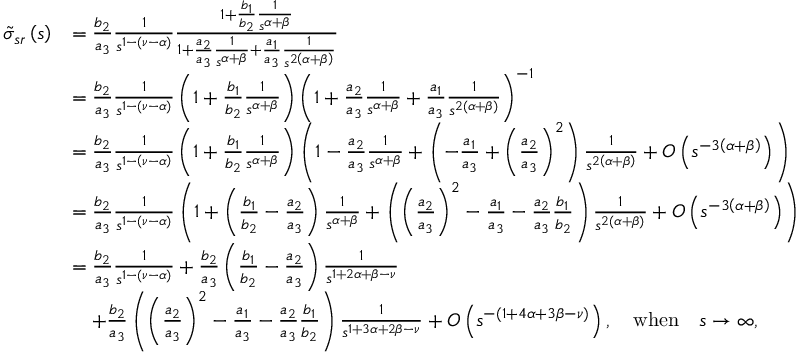
\begin{array} { r l } { \tilde { \sigma } _ { s r } \left( s \right) } & { = \frac { b _ { 2 } } { a _ { 3 } } \frac { 1 } { s ^ { 1 - \left( \nu - \alpha \right) } } \frac { 1 + \frac { b _ { 1 } } { b _ { 2 } } \frac { 1 } { s ^ { \alpha + \beta } } } { 1 + \frac { a _ { 2 } } { a _ { 3 } } \frac { 1 } { s ^ { \alpha + \beta } } + \frac { a _ { 1 } } { a _ { 3 } } \frac { 1 } { s ^ { 2 \left( \alpha + \beta \right) } } } } \\ & { = \frac { b _ { 2 } } { a _ { 3 } } \frac { 1 } { s ^ { 1 - \left( \nu - \alpha \right) } } \left( 1 + \frac { b _ { 1 } } { b _ { 2 } } \frac { 1 } { s ^ { \alpha + \beta } } \right) \left( 1 + \frac { a _ { 2 } } { a _ { 3 } } \frac { 1 } { s ^ { \alpha + \beta } } + \frac { a _ { 1 } } { a _ { 3 } } \frac { 1 } { s ^ { 2 \left( \alpha + \beta \right) } } \right) ^ { - 1 } } \\ & { = \frac { b _ { 2 } } { a _ { 3 } } \frac { 1 } { s ^ { 1 - \left( \nu - \alpha \right) } } \left( 1 + \frac { b _ { 1 } } { b _ { 2 } } \frac { 1 } { s ^ { \alpha + \beta } } \right) \left( 1 - \frac { a _ { 2 } } { a _ { 3 } } \frac { 1 } { s ^ { \alpha + \beta } } + \left( - \frac { a _ { 1 } } { a _ { 3 } } + \left( \frac { a _ { 2 } } { a _ { 3 } } \right) ^ { 2 } \right) \frac { 1 } { s ^ { 2 \left( \alpha + \beta \right) } } + O \left( s ^ { - 3 \left( \alpha + \beta \right) } \right) \right) } \\ & { = \frac { b _ { 2 } } { a _ { 3 } } \frac { 1 } { s ^ { 1 - \left( \nu - \alpha \right) } } \left( 1 + \left( \frac { b _ { 1 } } { b _ { 2 } } - \frac { a _ { 2 } } { a _ { 3 } } \right) \frac { 1 } { s ^ { \alpha + \beta } } + \left( \left( \frac { a _ { 2 } } { a _ { 3 } } \right) ^ { 2 } - \frac { a _ { 1 } } { a _ { 3 } } - \frac { a _ { 2 } } { a _ { 3 } } \frac { b _ { 1 } } { b _ { 2 } } \right) \frac { 1 } { s ^ { 2 \left( \alpha + \beta \right) } } + O \left( s ^ { - 3 \left( \alpha + \beta \right) } \right) \right) } \\ & { = \frac { b _ { 2 } } { a _ { 3 } } \frac { 1 } { s ^ { 1 - \left( \nu - \alpha \right) } } + \frac { b _ { 2 } } { a _ { 3 } } \left( \frac { b _ { 1 } } { b _ { 2 } } - \frac { a _ { 2 } } { a _ { 3 } } \right) \frac { 1 } { s ^ { 1 + 2 \alpha + \beta - \nu } } } \\ & { \quad + \frac { b _ { 2 } } { a _ { 3 } } \left( \left( \frac { a _ { 2 } } { a _ { 3 } } \right) ^ { 2 } - \frac { a _ { 1 } } { a _ { 3 } } - \frac { a _ { 2 } } { a _ { 3 } } \frac { b _ { 1 } } { b _ { 2 } } \right) \frac { 1 } { s ^ { 1 + 3 \alpha + 2 \beta - \nu } } + O \left( s ^ { - \left( 1 + 4 \alpha + 3 \beta - \nu \right) } \right) , \quad \mathrm { w h e n } \quad s \rightarrow \infty \mathrm { , } } \end{array}